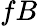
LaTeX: fB